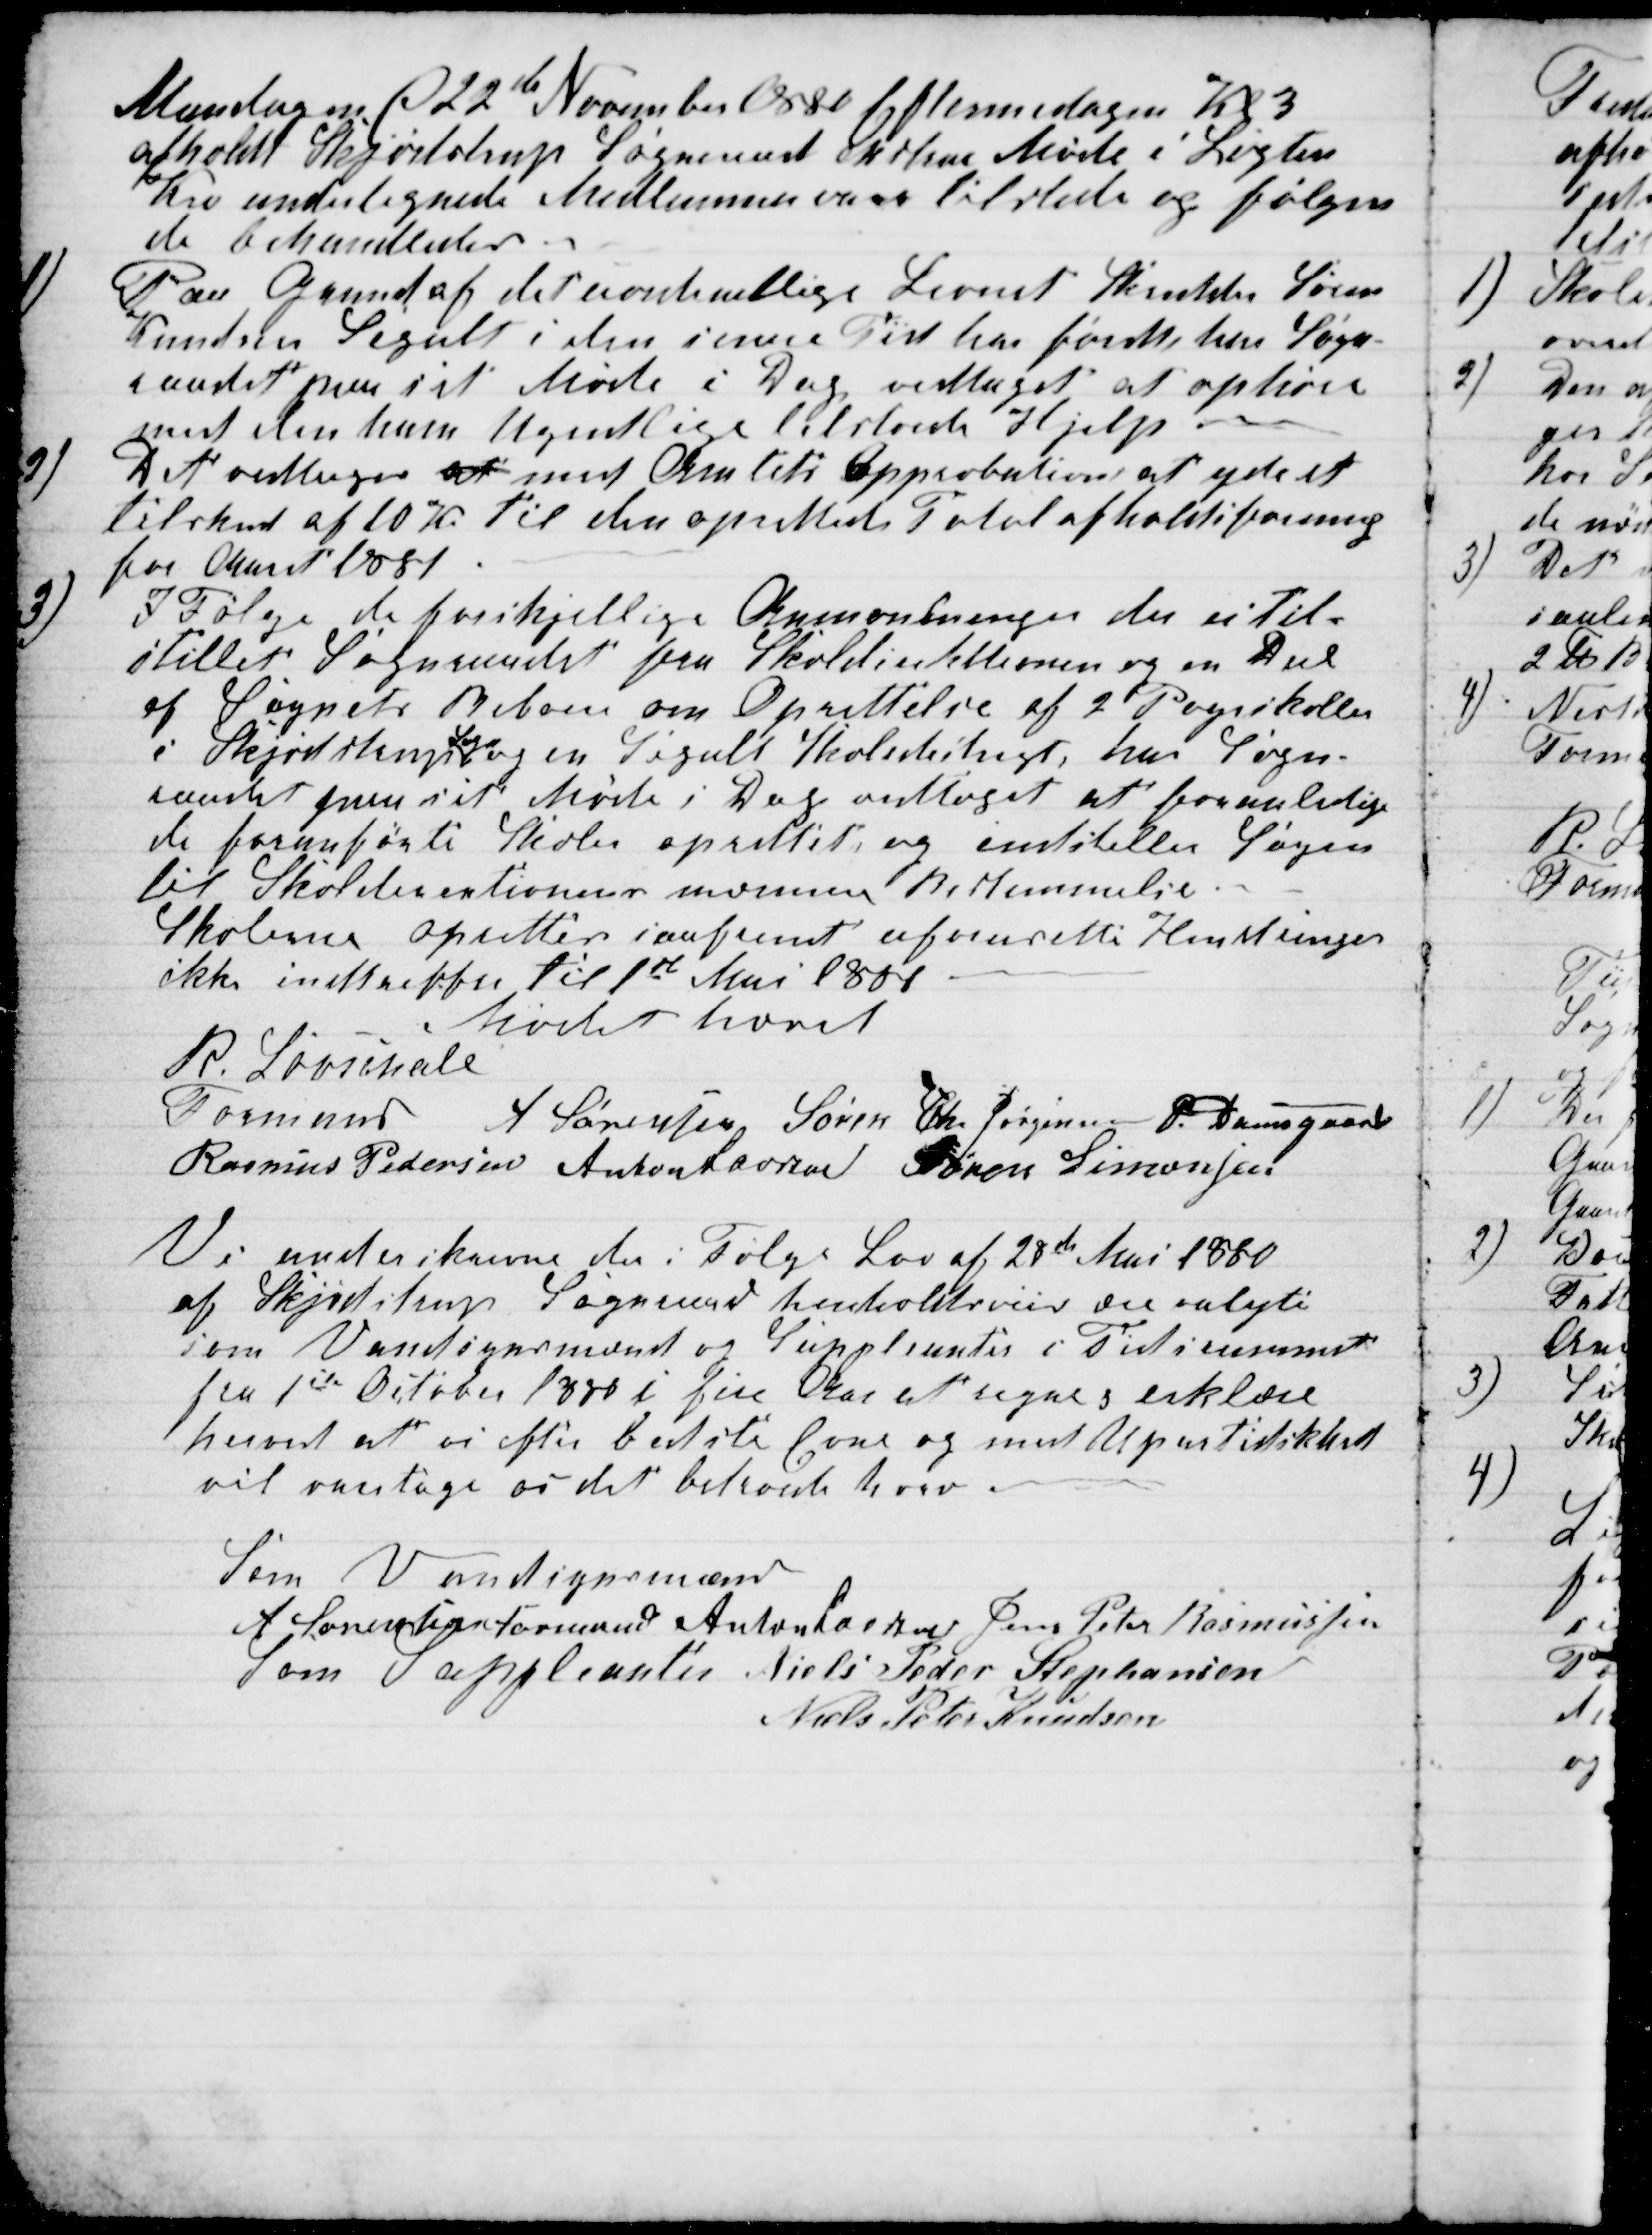
Transskription:
Mandagen d 22de November 1880 Eftermidagen Kl 3
afholdt Skjødstrup Sogneraad ekstra Møde i Løgten
Kro undertegnede Medlemmer vare tilstede og følgen-
de behandledes.
1)
Paa Grund af det uordentlige Levned Skrædder Søren
Knudsen Segalt i den senere Tid har førtt, har Sogn-
raadet paa sit Møde i Dag vedtaget at ophøre
med den ham Ugentlige tilstaaede Hjelp.
2)
Det vedtoges at med Amtets Approbation at yde et
tilskud af 10 Kr. til den oprettede Totalafholdsforening
for Aaret 1881.
3)
I Følge de forskjellige Anmodninger der er Til-
stillet Sogneraadet fra Skoledirektionen og en Del
af Sognets Beboere om Oprettelse af 2 Pogeskoler
i Skjødstrup
Sogn
og en Segalt Skoledistrigt, har Sogn-
raadet paa sit Møde i Dag vedtaget at foranledige
de foranførte Skoler oprettet, og instiller Sagen
til Skoledirektionens nærmere Bestemmelse.
Skolerne oprettes saafremt uforudsete Hendringer
ikke indtræffer til 1st Mai 1881
Mødet hævet
R. Løvschall
Formand 
A. Sørensen Søren Chr Jørgensen P. Damsgaard
Rasmus Pedersen Anton Laursen Søren Simonsen
Vi underskrevne den i Følge Lov af 28de Mai 1880
af Skjødstrup Sogneraad henholdsvis ere valgte
som Vandsynsmænd og Suppleanter i Tidsrummet
fra 1ste October 1880 i fire Aar at regnes erklære
herved at vi efter bedste Evne og med Upartidskhed
vil varetage os det betroede hverv.
Som Vandsynsmænd
A Sørensen Formand Anton Laursen Jens Peter Rasmussen
som Suppleanter Niels Peder Stephansen
Niels Peter Knudsen